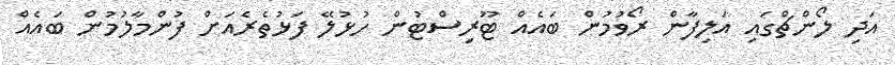
އަދި ލޯންޗްގައި އަލިފާން ރޯވުމުން ބައެއް ޓޫރިސްޓުން ހުޅުލޭ ފަޅުތެރެއަށް ފުންމާލުމުން ބައެއް